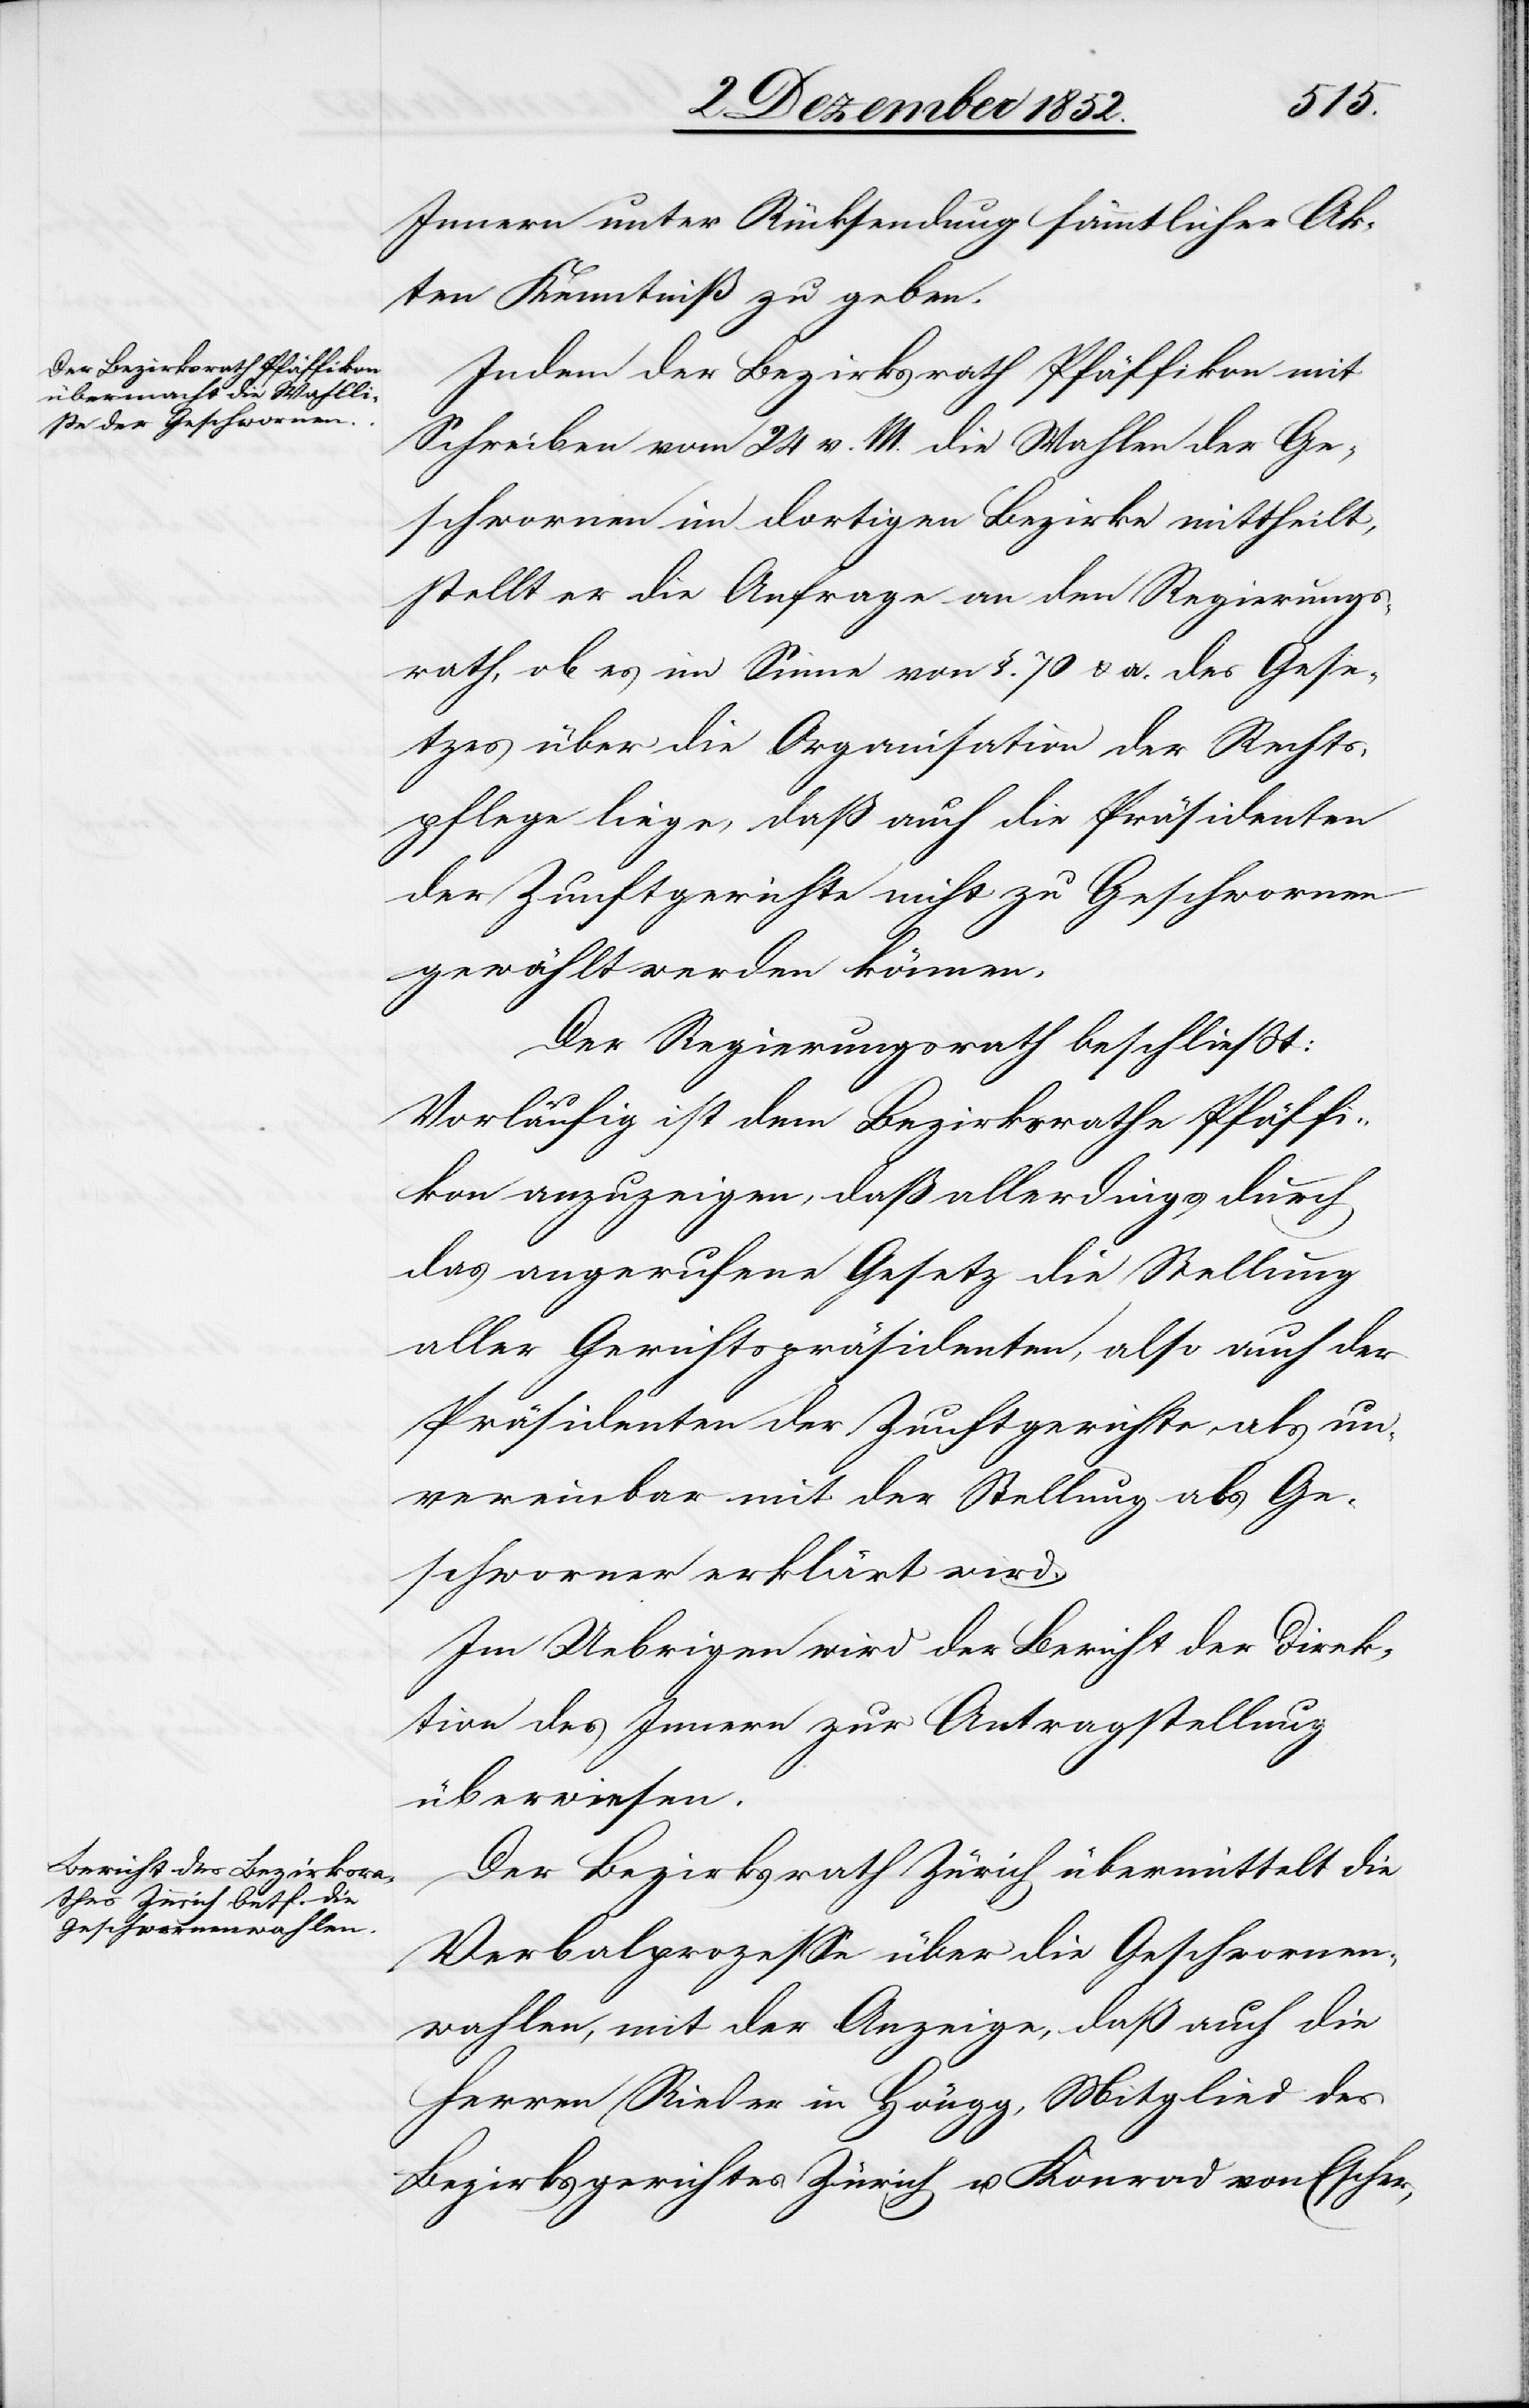
Innern unter Rücksendung sämmtlicher Ak¬
ten Kenntniß zu geben.
Indem der Bezirksrath Pfäffikon mit
Schreiben vom 24 v. M. die Wahlen der Ge¬
schwornen im dortigen Bezirke mittheilt,
stellt er die Anfrage an den Regierungs¬
rath, ob es im Sinne von §. 70 & a. des Gese¬
tzes über die Organisation der Rechts¬
pflege liege, daß auch die Präsidenten
der Zunftgerichte nicht zu Geschwornen
gewählt werden können.
Der Regierungsrath beschließt:
Vorläufig ist dem Bezirksrathe Pfäffi¬
kon anzuzeigen, daß allerdings durch
das angerufene Gesetz die Stellung
aller Gerichtspräsidenten, also auch der
Präsidenten der Zunftgerichte, als un¬
vereinbar mit der Stellung als Ge¬
schworner erklärt wird.
Im Uebrigen wird der Bericht der Direk¬
tion des Innern zur Antragstellung
überwiesen.
Der Bezirksrath Zürich übermittelt die
Verbalprozesse über die Geschwornen¬
wahlen, mit der Anzeige, daß auch die
Herren Rieder in Höngg, Mitglied des
Bezirksgerichtes Zürich u. Konrad von Escher,